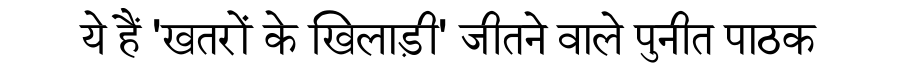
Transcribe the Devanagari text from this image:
ये हैं 'खतरों के खिलाड़ी' जीतने वाले पुनीत पाठक